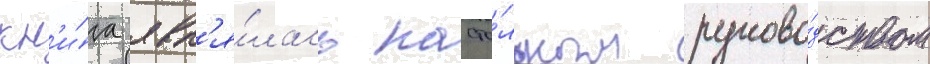
кн'и́га явл'я́лась насто́льным руково́дством